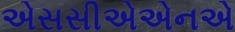
એસસીએએનએ